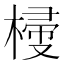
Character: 𣖽